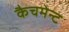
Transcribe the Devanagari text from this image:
कैचमेन्ट